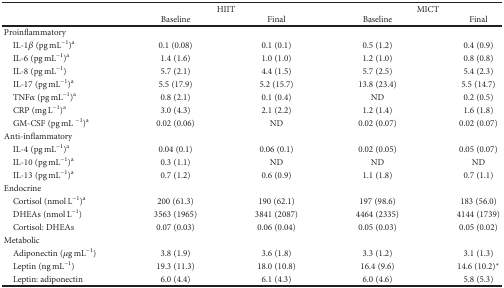
<table><thead><tr><td></td><td colspan="2"><b>HIIT</b></td><td colspan="2"><b>MICT</b></td></tr><tr><td></td><td><b>Baseline</b></td><td><b>Final</b></td><td><b>Baseline</b></td><td><b>Final</b></td></tr></thead><tbody><tr><td>Proinflammatory</td><td></td><td></td><td></td><td></td></tr><tr><td> IL-1<i>β</i> (pg mL<sup>−1</sup>)<sup>a</sup></td><td>0.1 (0.08)</td><td>0.1 (0.1)</td><td>0.5 (1.2)</td><td>0.4 (0.9)</td></tr><tr><td> IL-6 (pg mL<sup>−1</sup>)<sup>a</sup></td><td>1.4 (1.6)</td><td>1.0 (1.0)</td><td>1.2 (1.0)</td><td>0.8 (0.8)</td></tr><tr><td> IL-8 (pg mL<sup>−1</sup>)</td><td>5.7 (2.1)</td><td>4.4 (1.5)</td><td>5.7 (2.5)</td><td>5.4 (2.3)</td></tr><tr><td> IL-17 (pg mL<sup>−1</sup>)<sup>a</sup></td><td>5.5 (17.9)</td><td>5.2 (15.7)</td><td>13.8 (23.4)</td><td>5.5 (14.7)</td></tr><tr><td> TNF<i>α</i> (pg mL<sup>−1</sup>)<sup>a</sup></td><td>0.8 (2.1)</td><td>0.1 (0.4)</td><td>ND</td><td>0.2 (0.5)</td></tr><tr><td> CRP (mg L<sup>−1</sup>)<sup>a</sup></td><td>3.0 (4.3)</td><td>2.1 (2.2)</td><td>1.2 (1.4)</td><td>1.6 (1.8)</td></tr><tr><td> GM-CSF (pg mL <sup>−1</sup>)<sup>a</sup></td><td>0.02 (0.06)</td><td>ND</td><td>0.02 (0.07)</td><td>0.02 (0.07)</td></tr><tr><td>Anti-inflammatory</td><td></td><td></td><td></td><td></td></tr><tr><td> IL-4 (pg mL<sup>−1</sup>)<sup>a</sup></td><td>0.04 (0.1)</td><td>0.06 (0.1)</td><td>0.02 (0.05)</td><td>0.05 (0.07)</td></tr><tr><td> IL-10 (pg mL<sup>−1</sup>)<sup>a</sup></td><td>0.3 (1.1)</td><td>ND</td><td>ND</td><td>ND</td></tr><tr><td> IL-13 (pg mL<sup>−1</sup>)<sup>a</sup></td><td>0.7 (1.2)</td><td>0.6 (0.9)</td><td>1.1 (1.8)</td><td>0.7 (1.1)</td></tr><tr><td>Endocrine</td><td></td><td></td><td></td><td></td></tr><tr><td> Cortisol (nmol L<sup>−1</sup>)<sup>a</sup></td><td>200 (61.3)</td><td>190 (62.1)</td><td>197 (98.6)</td><td>183 (56.0)</td></tr><tr><td> DHEAs (nmol L<sup>−1</sup>)</td><td>3563 (1965)</td><td>3841 (2087)</td><td>4464 (2335)</td><td>4144 (1739)</td></tr><tr><td> Cortisol: DHEAs</td><td>0.07 (0.03)</td><td>0.06 (0.04)</td><td>0.05 (0.03)</td><td>0.05 (0.02)</td></tr><tr><td>Metabolic</td><td></td><td></td><td></td><td></td></tr><tr><td> Adiponectin (<i>μ</i>g mL<sup>−1</sup>)</td><td>3.8 (1.9)</td><td>3.6 (1.8)</td><td>3.3 (1.2)</td><td>3.1 (1.3)</td></tr><tr><td> Leptin (ng mL<sup>−1</sup>)</td><td>19.3 (11.3)</td><td>18.0 (10.8)</td><td>16.4 (9.6)</td><td>14.6 (10.2)<sup>∗</sup></td></tr><tr><td> Leptin: adiponectin</td><td>6.0 (4.4)</td><td>6.1 (4.3)</td><td>6.0 (4.6)</td><td>5.8 (5.3)</td></tr></tbody></table>